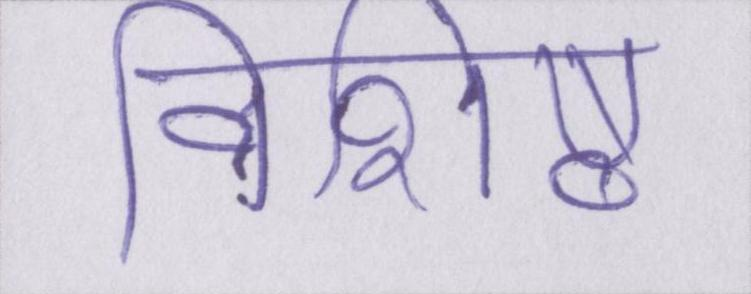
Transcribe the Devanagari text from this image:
विशिष्ठ